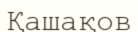
Қашақов